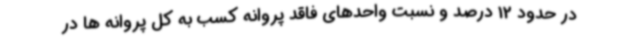
در حدود 12 درصد و نسبت واحدهای فاقد پروانه کسب به کل پروانه ها در